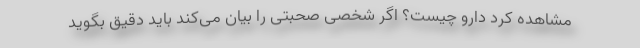
مشاهده کرد دارو چیست؟ اگر شخصی صحبتی را بیان می‌کند باید دقیق بگوید